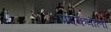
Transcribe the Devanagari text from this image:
पदकवाला